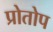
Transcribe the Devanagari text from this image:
प्रोतोप